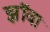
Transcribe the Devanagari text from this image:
झॉवा